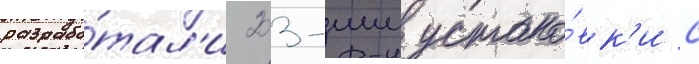
разрабо́тал'и 203-мм устано́вк'и с